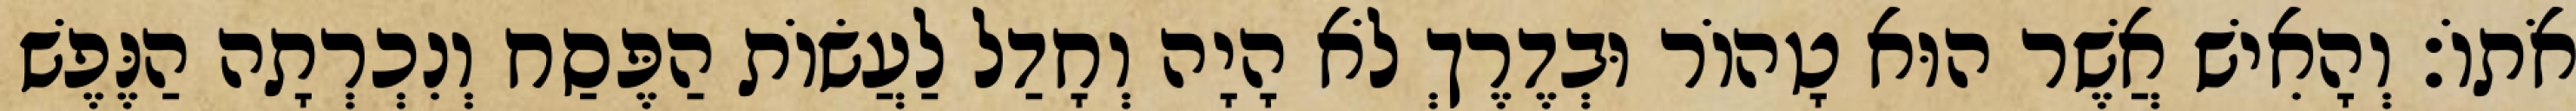
אֹתוֹ׃ וְהָאִישׁ אֲשֶׁר הוּא טָהוֹר וּבְדֶרֶךְ לֹא הָיָה וְחָדַל לַעֲשׂוֹת הַפֶּסַח וְנִכְרְתָה הַנֶּפֶשׁ